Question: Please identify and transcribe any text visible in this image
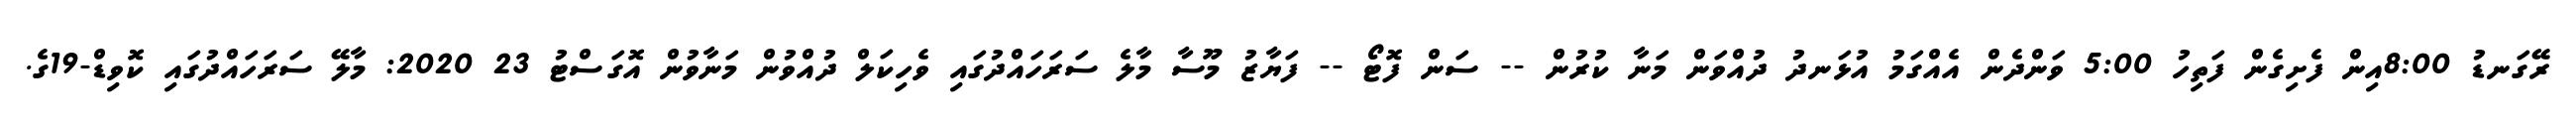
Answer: ރޭގަނޑު 8:00އިން ފެށިގެން ފަތިހު 5:00 ވަންދެން އެއްގަމު އުޅަނދު ދުއްވަން މަނާ ކުރުން -- ސަން ފޮޓޯ -- ފަޔާޒު މޫސާ މާލެ ސަރަހައްދުގައި ވެހިކަލް ދުއްވުން މަނާވުން އޮގަސްޓު 23 2020: މާލޭ ސަރަހައްދުގައި ކޮވިޑް-19ގެ.